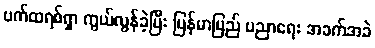
ပက်ထရစ်ရှာ ကွယ်လွန်ခဲ့ပြီး မြန်မာပြည် ပညာရေး အခက်အခဲ